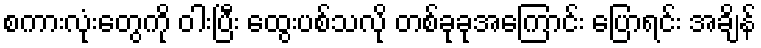
စကားလုံးတွေကို ဝါးပြီး ထွေးပစ်သလို တစ်ခုခုအကြောင်း ပြောရင်း အချိန်